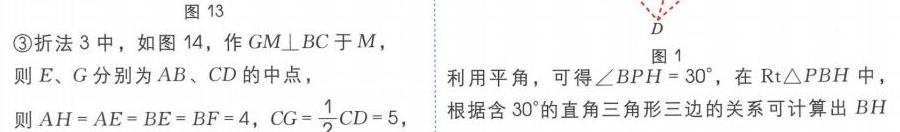
图 13
\textcircled{3}折法 3 中，如图 14，作 \(GM\perp BC\) 于 \(M\)，
则 \(E、G\) 分别为 \(AB、CD\) 的中点，
则 \(AH = AE = BE = BF = 4\)，\(CG=\frac{1}{2}CD = 5\)，
图 1
利用平角，可得\(\angle BPH = 30^{\circ}\)，在\(Rt\triangle PBH\) 中，
根据含 \(30^{\circ}\)的直角三角形三边的关系可计算出 \(BH\)